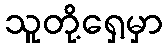
သူတို့ရှေ့မှာ